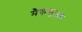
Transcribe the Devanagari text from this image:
मैककुलाघ